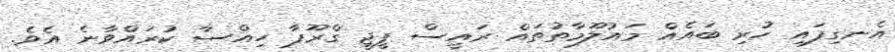
އެނގިފައި ހުރި ބައެއް މައުލޫމާތުތައް ރައީސް ޕީޖީ ގްރޫޕާ ހިއްސާ ކުރައްވާނެ އެވެ.